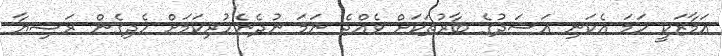
އަމާޒަކީ ހަމަ އެކަނި އަސަދުގެ ބާރުތަކަށް ވެއްޖެ ނަމަ ނުދެނެެހުރިކަމަށް ހެދިގެން ރަޝިޔާ